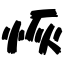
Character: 恢